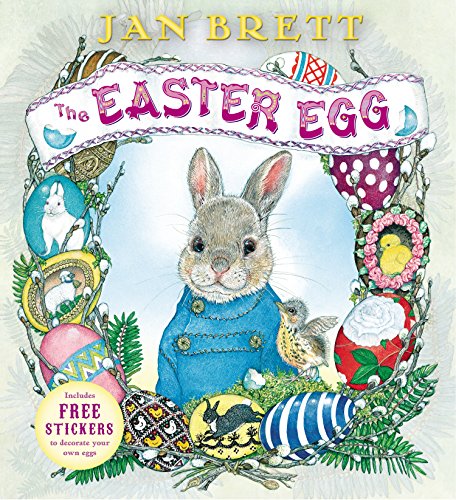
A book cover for The Easter Egg; Jan Brett; Children's Books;